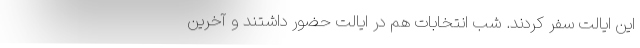
این ایالت سفر کردند. شب انتخابات هم در ایالت حضور داشتند و آخرین